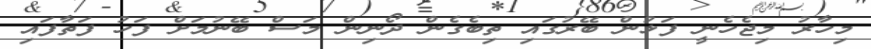
މިހާރު މިޖެހެނީ ފަޅުން ބޭރުގައި ތިބެގެން ދޯނިން މަސް ބޭނުމަށް ފަހު ފަތާފައި